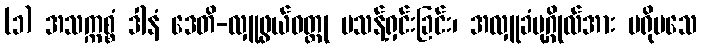
(၁) အသက္ကစ္စံ ဒါနံ ဒေတိ-လှူဖွယ်ဝတ္ထု မသန့်ရှင်းခြင်း၊ အလှူခံပုဂ္ဂိုလ်အား မရိုမသေ